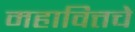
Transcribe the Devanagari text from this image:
महावित्तचे